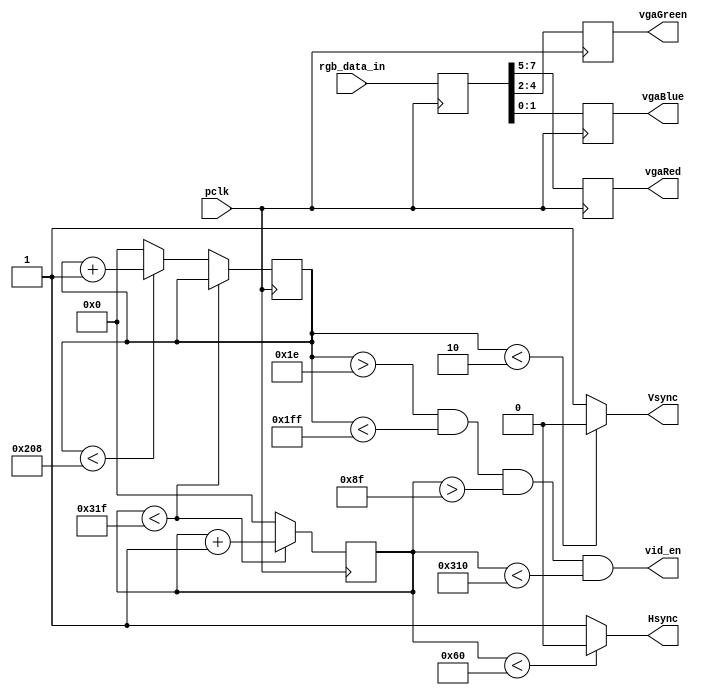
module vga_sync(
//input
pclk, rgb_data_in,
//Outputs
vgaRed, vgaGreen, vgaBlue, Hsync, Vsync, vid_en
    );

//VGA Inputs
input pclk; // Pixel clock, 25 MHZ
output reg [2:0] vgaRed = 0;
output reg [2:0] vgaGreen = 0;
output reg [1:0] vgaBlue = 0;
output wire Vsync;
output wire Hsync;
output vid_en;

//input line
input [7:0] rgb_data_in;

// VGA timing parameters, measured in clock cycles
parameter vFrame = 521;
parameter hFrame = 800;
parameter vVisArea = 480;
parameter hVisArea = 640;
parameter vFPorch = 10;
parameter hFPorch = 16;
parameter vBPorch = 29;
parameter hBPorch = 48;
parameter vSyncPulse = 2;
parameter hSyncPulse = 96;

parameter vVisAreaStart = vSyncPulse + vBPorch - 1;
parameter vVisAreaEnd = vSyncPulse + vBPorch + vVisArea;
parameter hVisAreaStart = hSyncPulse + hBPorch - 1;
parameter hVisAreaEnd = hSyncPulse + hBPorch + hVisArea;

//horizontal and vertical counters
reg [9:0] vCount = 0;
reg [9:0] hCount = 0;

reg [9:0] vPixel = 0;
reg [9:0] hPixel = 0;

//rgb data register, updates on Hsync pulse
reg [7:0] rgb_data = 0;

//Update counters on edge of pixel clock
always @ (posedge pclk)
begin

	rgb_data <= rgb_data_in;

	//Update pixel counters
	if(hCount < hFrame - 1) hCount <= hCount + 1;
	else
	begin
		hCount <= 0;
		if(vCount < vFrame - 1) vCount <= vCount + 1;
		else vCount <= 0;
	end

	//Write to display
	vgaRed <= rgb_data[7:5];
	vgaGreen <= rgb_data[4:2];
	vgaBlue <= rgb_data[1:0];

end

//Generate sync pulses based on counters
assign Hsync = (hCount < hSyncPulse) ? 0 : 1;
assign Vsync = (vCount < vSyncPulse) ? 0 : 1;

//video enable signal
assign vid_en = (vCount > vVisAreaStart) && (vCount < vVisAreaEnd) && (hCount > hVisAreaStart) && (hCount < hVisAreaEnd);

endmodule